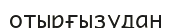
отырғызудан